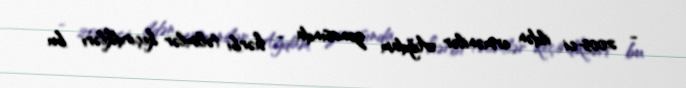
- 2005-ci ildən ermənilər Ağdam zonasında - hərbi təlimlər keçirdikləri bu